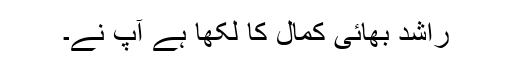
راشد بھائی کمال کا لکھا ہے آپ نے۔